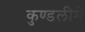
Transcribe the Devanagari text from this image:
कुण्डलीमें